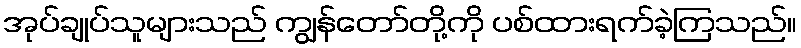
အုပ်ချုပ်သူများသည် ကျွန်တော်တို့ကို ပစ်ထားရက်ခဲ့ကြသည်။